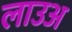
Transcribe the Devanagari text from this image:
लाउअ